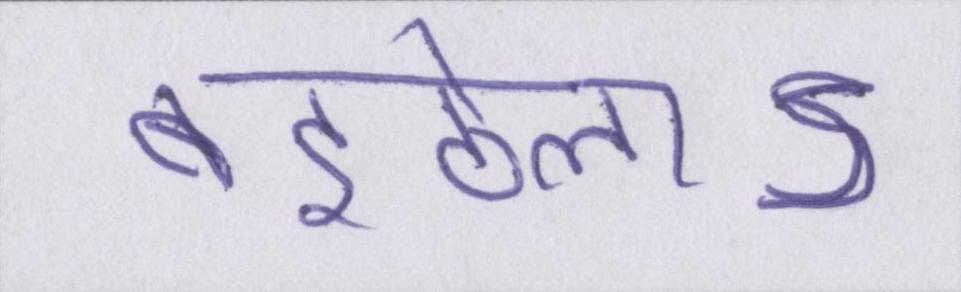
बइठेलाऽ